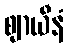
ဈာယီနံ